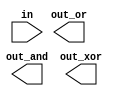
// Build a combinational circuit with 100 inputs, in[99:0].

// There are 3 outputs:

// out_and: output of a 100-input AND gate.
// out_or: output of a 100-input OR gate.
// out_xor: output of a 100-input XOR gate.

// Hint: The reduction operators will be useful here.

module top_module( 
    input [99:0] in,
    output out_and,
    output out_or,
    output out_xor 
);

	// Insert your code here

endmodule